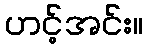
ဟင့်အင်း။